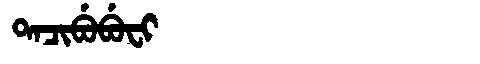
Manchu: ᡨᠠᠴᡳᠪᡠᠪᡠᠸᡳ
Romanization: TACIBUBUFI